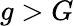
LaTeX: g>G